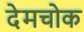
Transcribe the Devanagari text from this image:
देमचोक